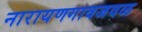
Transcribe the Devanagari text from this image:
नारायणगावजवळ